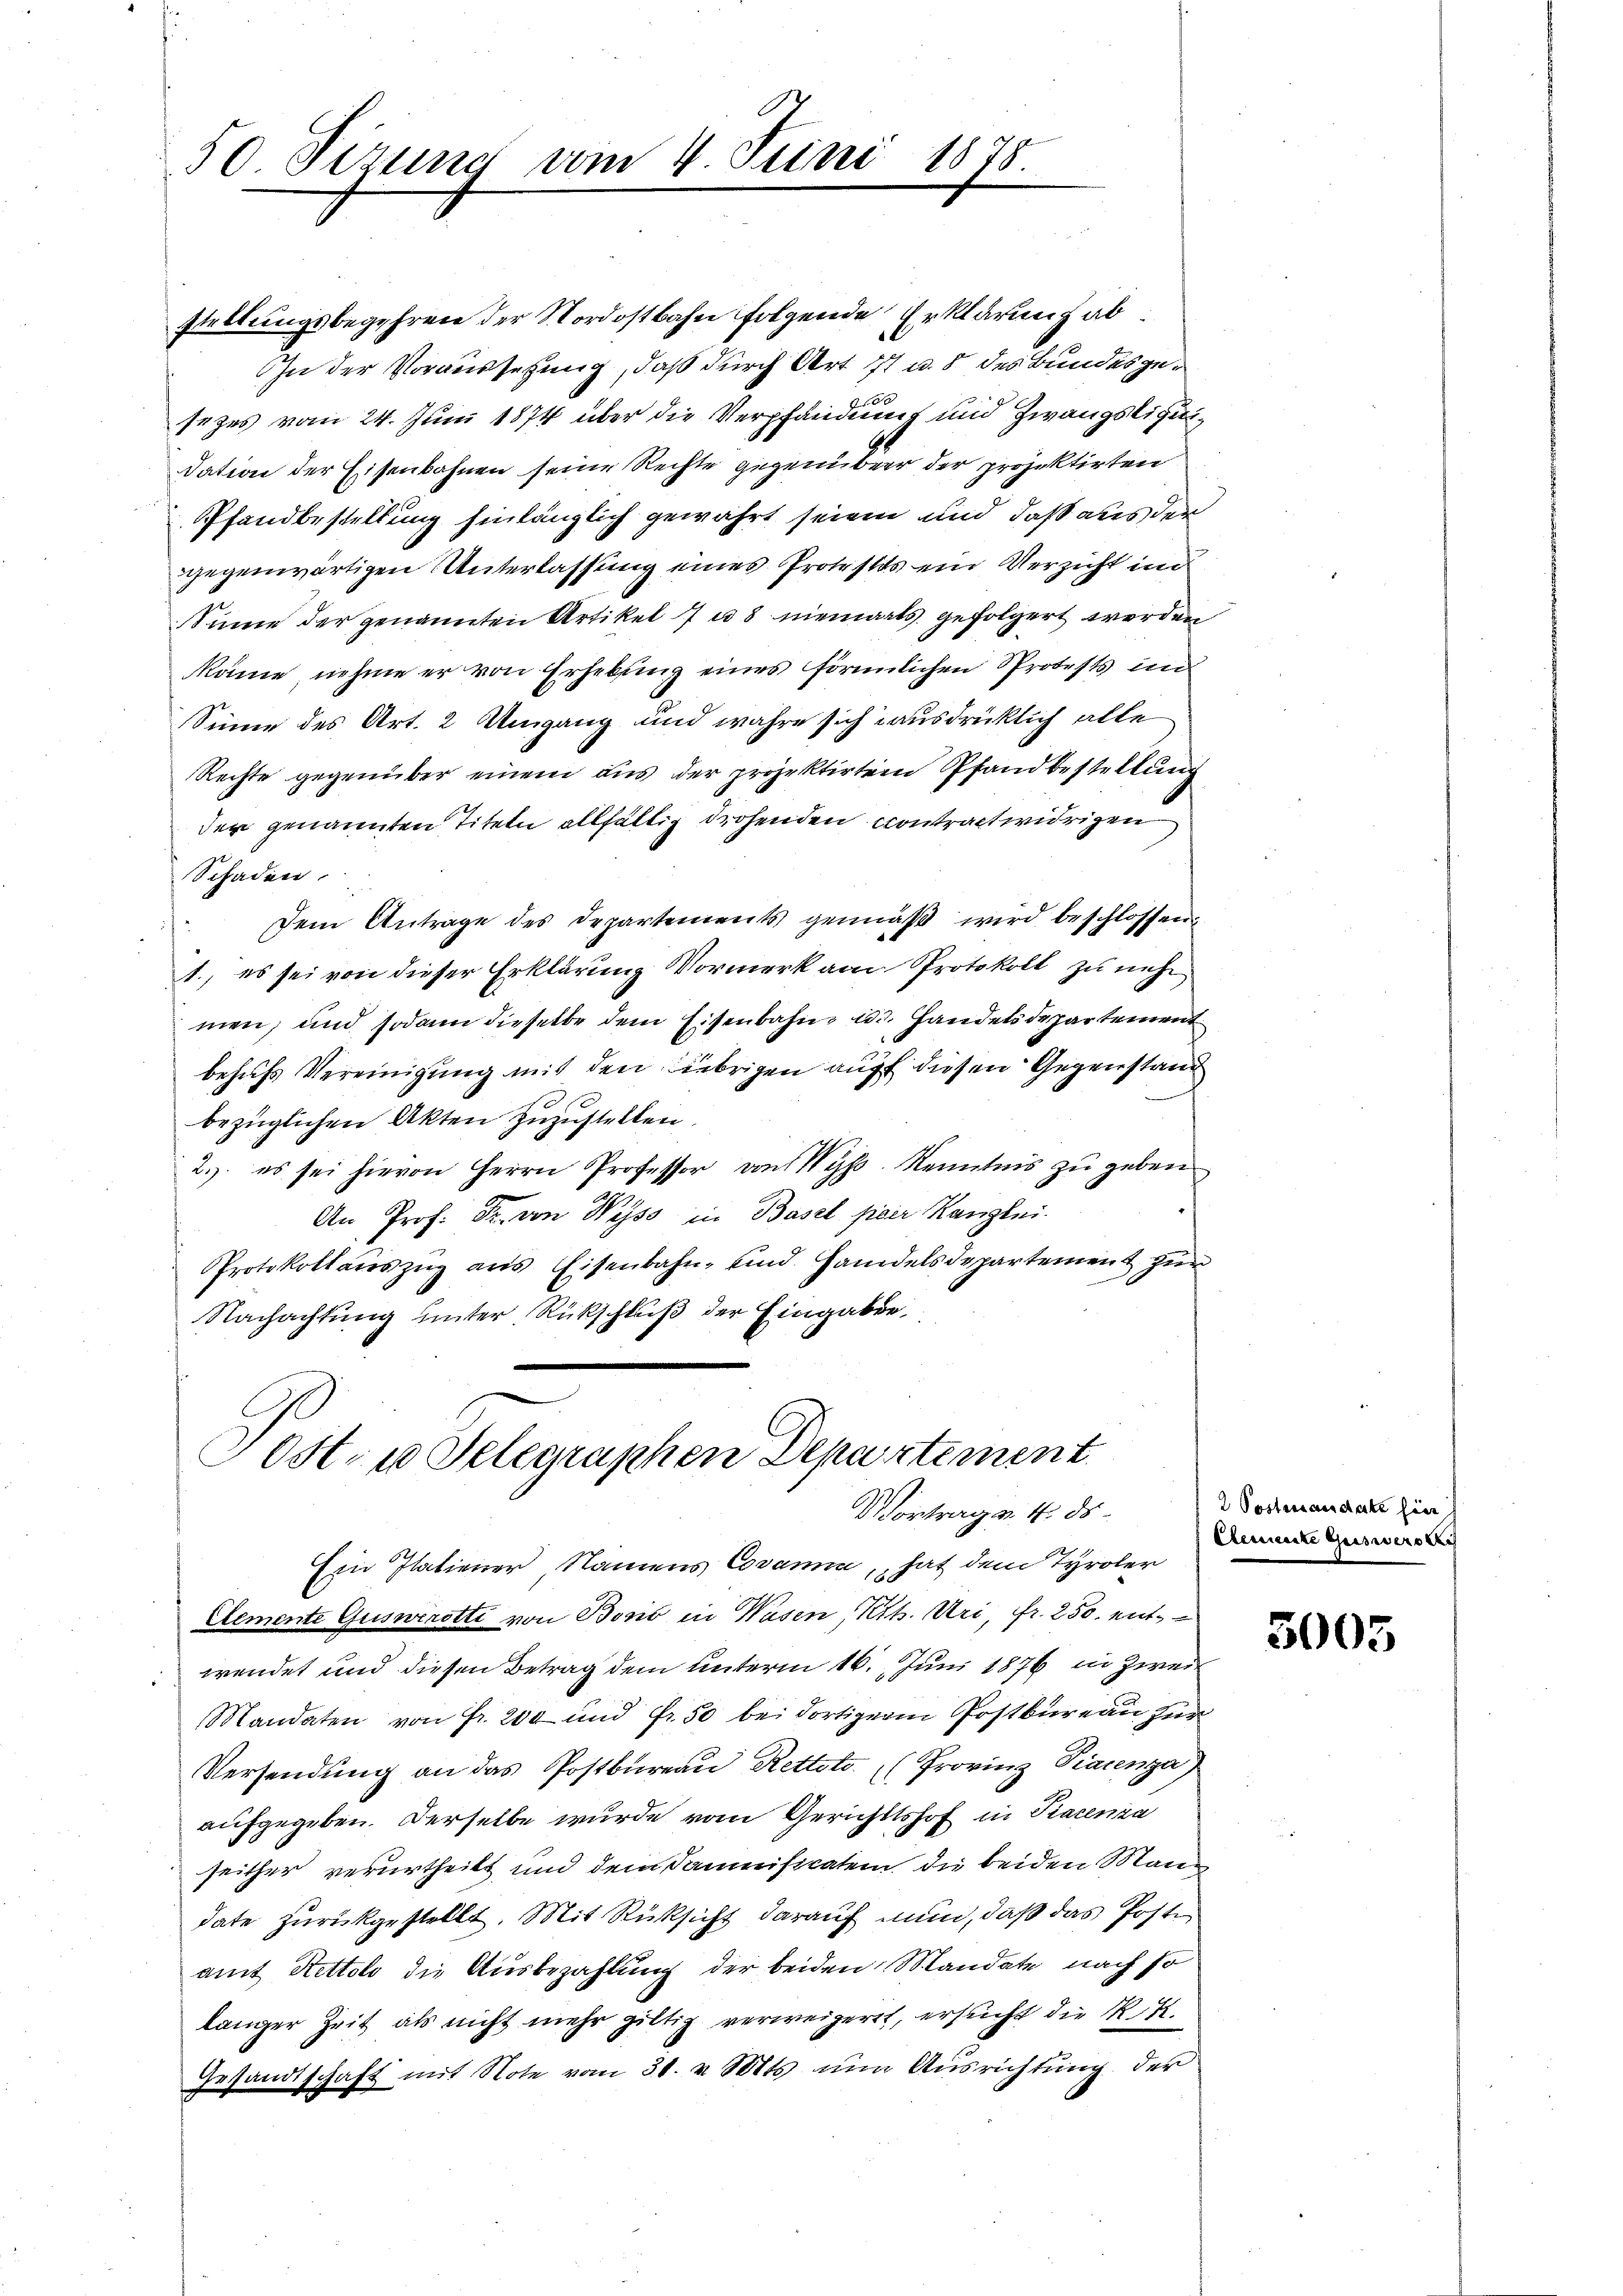
50 Sizung vom 4. Juni 1878

stellungsbegehren der Nordostbahn folgende Erklärung ab
In der Voraussetzung, daß durch Art. 77 u. 8 des Bundesgesezes vom 24. Juni 1874 über die Verpfändung und Zwangsliquidation der Eisenbahnen seine Rechte gegenüber der projektirten
Pfandbestellung hinlänglich gewährt seien und daß aus der
gegenwärtigen Unterlassung eines Protestos ein Verzicht ind
Sinne der genannten Artikel 7 u. 8 niemals gefolgert werden
könne nehme er von Erhebung eines förmlichen Protests im
Sinne des Art. 2 Umgang und wahre sich ausdrücklich alle
Rechte gegenüber einem aus der projektirten Pfandbestellung
der genannten Titeln allfällig drohenden Contract widrigen
Schaden
Dem Antrage des Departements gemäβ wird beschlossen
1., es sei von dieser Erklärung Vormerk am Protokoll zu neh
men, und sodann dieselbe dem Eisenbahn u. Handels de partement
behufs Vereinigung mit den übrigen auf diesen Gegenstand
bezüglichen Akten zuzustellen.
2.) es sei hievon Herrn Professor an Wyss. Kenntnis zu geben
An Prof. Dr. von Wyss in Basel figer Kanzlei
Protokollaŭszŭg ans Eisenbahn- und Handelsdepartement zŭr
Nachachtung unter Rückschluß der Eingaben,

Ein Italiener Namens Cosami, hat dem Tyroler
Cemente Gusnerotti von Bonio in Wasen Kt. Uri, fr. 250. entwendet und diesen Betrag dem unterm 16. Juni 1876 in Zwei¬
Mandaten von Fr. 200 und fr. 50 bei dortiger Postbureau zur
Versendung an das Postbüreau Retteto (Provinz Viacenza
aufgegeben. Derselbe wurde vom Gerichtshof in Pacenza
seither verurtheilt und dem Dammissratem die beiden Mann
date zurückgestellt. Mit Rücksicht darauf nun, daß das Poste
amt Kettolo die Ausbezahlung der beiden Mandate nach so
langer Zeit als nicht mehr giltig verweigert, ersucht die K. H.
Gesandtschaft mit Note vom 31. v. Mtts nun Ausrichtung der
f

Post- u Selegraphen Departement
Vortrag v. 4. ds.

2 Postrengedecke hier
Clemente Guiswerte

5005